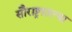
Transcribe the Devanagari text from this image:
सौराष्ट्रातल्या